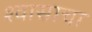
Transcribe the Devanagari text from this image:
श्वासाचा